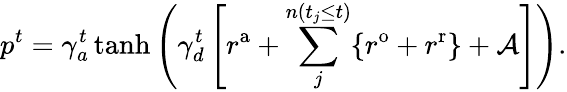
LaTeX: p^{t}=\gamma_{a}^{t}\operatorname{tanh}\left(\gamma_{d}^{t}\left[r^{\mathrm{a}}+\sum_{j}^{n(t_{j}\leq t)}\{ r^{\mathrm{o}}+r^{\mathrm{r}}\} +\mathcal{A}\right]\right).